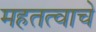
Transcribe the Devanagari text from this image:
महतत्वाचे